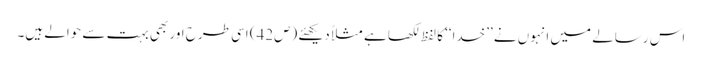
اس رسالے میں انہوں نے ’’خدا‘‘ کا لفظ لکھا ہے مثلاً دیکھئے (ص42) اسی طرح اور بھی بہت سے حوالے ہیں۔